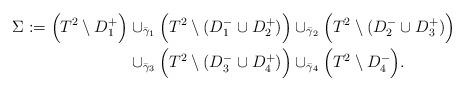
LaTeX: \begin{align*} \Sigma := \Bigl(T^2\setminus D_1^+\Bigr) &\cup_{\bar\gamma_1}\Bigl(T^2\setminus(D_1^-\cup D_2^+)\Bigr) \cup_{\bar\gamma_2}\Bigl(T^2\setminus(D_2^-\cup D_3^+)\Bigr) \cr &\cup_{\bar\gamma_3}\Bigl(T^2\setminus(D_3^-\cup D_4^+)\Bigr) \cup_{\bar\gamma_4}\Bigl(T^2\setminus D_4^-\Bigr). \end{align*}